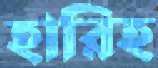
হারিহ